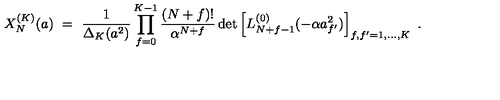
X _ { N } ^ { ( K ) } ( a ) \ = \ \frac { 1 } { \Delta _ { K } ( a ^ { 2 } ) } \prod _ { f = 0 } ^ { K - 1 } \frac { ( N + f ) ! } { \alpha ^ { N + f } } \det \left[ L _ { N + f - 1 } ^ { ( 0 ) } ( - \alpha a _ { f ^ { \prime } } ^ { 2 } ) \right] _ { f , f ^ { \prime } = 1 , \ldots , K } \ .